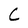
Character: C